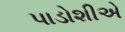
પાડોશીએ